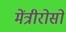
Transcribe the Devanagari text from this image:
मेंत्रीरोसो